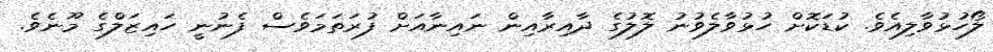
ލޯހުޅުވާލިއެވެ. ކުޑަކޮށް ހުޅުވާލެވުނު ލޮލުގެ ދާއިރާއިން ނައިނާއަށް ފުރަތަމަވެސް ފެނުނީ ހައިޒަލްގެ މޫނެވެ.